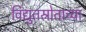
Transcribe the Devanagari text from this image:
विद्युतस्रोताच्या